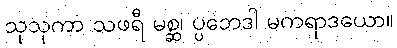
သုသုကာ သဖရီ မစ္ဆ၊ ပ္ပဘေဒါ မကရာဒယော။